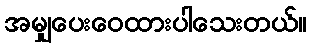
အမျှပေးဝေထားပါသေးတယ်။